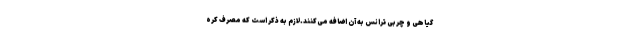
گیاهی و چربی ترانس به آن اضافه می‌کنند.لازم به ذکر است که مصرف کره